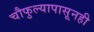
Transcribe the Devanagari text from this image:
चौफुल्यापासूनही